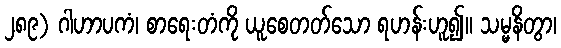
၂၈၉) ဂါဟာပကံ၊ စာရေးတံကို ယူစေတတ်သော ရဟန်းဟူ၍။ သမ္မနိတွာ၊